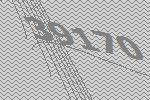
39170